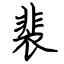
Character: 裴